Report of the Indian Hemp Drugs Commission, 1894-1895 - Volume V
Year: 1894
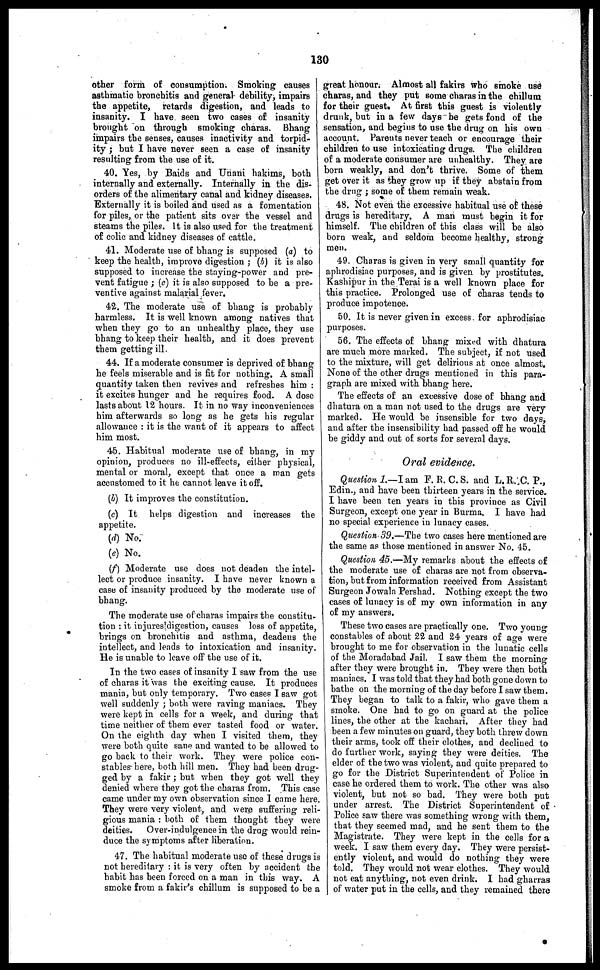
130
other form of consumption. Smoking causes
asthmatic bronchitis and general debility, impairs
the appetite, retards digestion, and leads to
insanity. I have seen two cases of insanity
brought on through smoking charas. Bhang
impairs the senses, causes inactivity and torpid-
ity ; but I have never seen a case of insanity
resulting from the use of it.
40. Yes, by Baids and Unani hakims, both
internally and externally. Internally in the dis-
orders of the alimentary canal and kidney diseases.
Externally it is boiled and used as a fomentation
for piles, or the patient sits over the vessel and
steams the piles. It is also used for the treatment
of colic and kidney diseases of cattle.
41. Moderate use of bhang is supposed (a) to
keep the health, improve digestion ; (b) it is also
supposed to increase the staying-power and pre-
vent fatigue ; (c) it is also supposed to be a pre-
ventive against malarial fever.
42. The moderate use of bhang is probably
harmless. It is well known among natives that
when they go to an unhealthy place, they use
bhang to keep their health, and it does prevent
them getting ill.
44. If a moderate consumer is deprived of bhang
he feels miserable and is fit for nothing. A small
quantity taken then revives and refreshes him :
it excites hunger and he requires food. A dose
lasts about 12 hours. It in no way inconveniences
him afterwards so long as he gets his regular
allowance : it is the want of it appears to affect
him most.
45. Habitual moderate use of bhang, in my
opinion, produces no ill-effects, either physical,
mental or moral, except that once a man gets
accustomed to it he cannot leave it off.
(b) It improves the constitution.
(c) It helps digestion and increases the
appetite.
(d) No.
(e) No.
(f) Moderate use does not deaden the intel-
lect or produce insanity. I have never known a
case of insanity produced by the moderate use of
bhang.
The moderate use of charas impairs the constitu-
tion : it injures digestion, causes loss of appetite,
brings on bronchitis and asthma, deadens the
intellect, and leads to intoxication and insanity.
He is unable to leave off the use of it.
In the two cases of insanity I saw from the use
of charas it was the exciting cause. It produces
mania, but only temporary. Two cases I saw got
well suddenly ; both were raving maniacs. They
were kept in cells for a week, and during that
time neither of them ever tasted food or water.
On the eighth day when I visited them, they
were both quite sane and wanted to be allowed to
go back to their work. They were police con-
stables here, both hill men. They had been drug-
ged by a fakir ; but when they got well they
denied where they got the charas from. This case
came under my own observation since I came here.
They were very violent, and were suffering reli-
gious mania : both of them thought they were
deities. Over-indulgence in the drug would rein-
duce the symptoms after liberation.
47. The habitual moderate use of these drugs is
not hereditary : it is very often by accident the
habit has been forced on a man in this way. A
smoke from a fakir's chillum is supposed to be a
great honour. Almost all fakirs who smoke use
charas, and they put some charas in the chillum
for their guest. At first this guest is violently
drank, but in a few days he gets fond of the
sensation, and begins to use the drug on his own
account. Parents never teach or encourage their
children to use intoxicating drugs. The children
of a moderate consumer are unhealthy. They are
born weakly, and don't thrive. Some of them
get over it as they grow up if they abstain from
the drug ; some of them remain weak.
48. Not even the excessive habitual use of these
drugs is hereditary. A man must begin it for
himself. The children of this class will be also
born weak, and seldom become healthy, strong
men.
49. Charas is given in very small quantity for
aphrodisiac purposes, and is given by prostitutes.
Kashipur in the Terai is a well known place for
this practice. Prolonged use of charas tends to
produce impotence.
50. It is never given in excess for aphrodisiac
purposes.
56. The effects of bhang mixed with dhatura
are much more marked. The subject, if not used
to the mixture, will get delirious at once almost.
None of the other drugs mentioned in this para-
graph are mixed with bhang here.
The effects of an excessive dose of bhang and
dhatura on a man not used to the drugs are very
marked. He would be insensible for two days,
and after the insensibility had passed off he would
be giddy and out of sorts for several days.
Oral evidence.
Question 1.—I am F. R. C.S. and L.R.C. P.,
Edin., and have been thirteen years in the service.
I have been ten years in this province as Civil
Surgeon, except one year in Burma. I have had
no special experience in lunacy cases.
Question 39.—The two cases here mentioned are
the same as those mentioned in answer No. 45.
Question 45.—My remarks about the effects of
the moderate use of charas are not from observa-
tion, but from information received from Assistant
Surgeon Jowala Pershad. Nothing except the two
cases of lunacy is of my own information in any
of my answers.
These two cases are practically one. Two young
constables of about 22 and 24 years of age were
brought to me for observation in the lunatic cells
of the Moradabad Jail. I saw them the morning
after they were brought in. They were then both
maniacs. I was told that they had both gone down to
bathe on the morning of the day before I saw them.
They began to talk to a fakir, who gave them a
smoke. One had to go on guard at the police
lines, the other at the kachari. After they had
been a few minutes on guard, they both threw down
their arms, took off their clothes, and declined to
do further work, saying they were deities. The
elder of the two was violent, and quite prepared to
go for the District Superintendent of Police in
case he ordered them to work. The other was also
violent, but not so bad. They were both put
under arrest. The District Superintendent of
Police saw there was something wrong with them,
that they seemed mad, and he sent them to the
Magistrate. They were kept in the cells for a
week. I saw them every day. They were persist-
ently violent, and would do nothing they were
told. They would not wear clothes. They would
not eat anything, not even drink. I had gharras
of water put in the cells, and they remained there